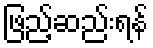
ဖြည့်ဆည်းရန်